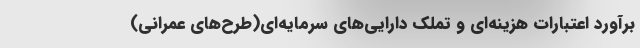
برآورد اعتبارات هزینه‌ای و تملک دارایی‌های سرمایه‌ای(طرح‌های عمرانی)